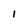
Character: 1